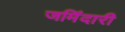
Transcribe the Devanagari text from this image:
जमिंदारी